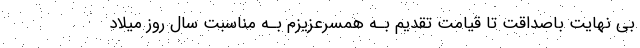
بی نهایت باصداقت تا قیامت تقدیم بـه همسرعزیزم بـه مناسبت سال روز میلاد